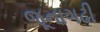
જૂનાગઢી